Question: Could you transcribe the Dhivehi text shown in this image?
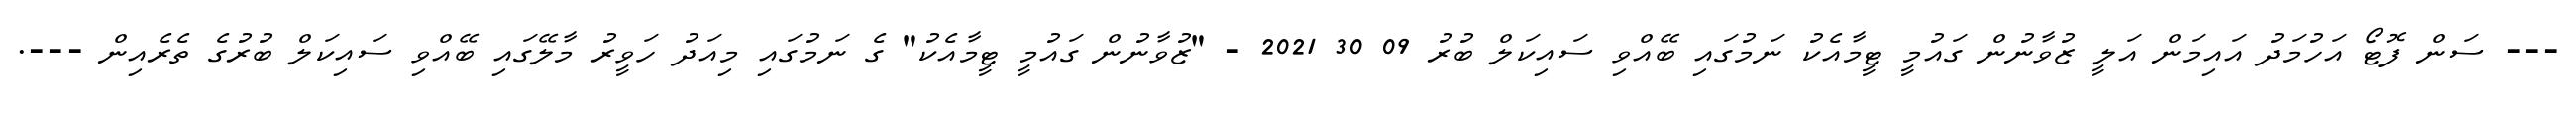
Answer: --- ސަން ފޮޓޯ އަހުމަދު އައިމަން އަލީ ޒުވާނުން ގައުމީ ޓީމާއެކު ނަމުގައި ބޭއްވި ސައިކަލް ބުރު 09 30 2021 - "ޒުވާނުން ގައުމީ ޓީމާއެކު" ގެ ނަމުގައި މިއަދު ހަވީރު މާލޭގައި ބޭއްވި ސައިކަލް ބުރުގެ ތެރެއިން ---.